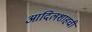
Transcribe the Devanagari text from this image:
आदिलशाहची